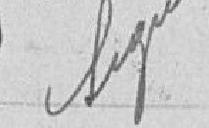
Vu pour récépissé et approuvé / Belfort le 13 août 1900. / Administrateur / Signé : Fleury